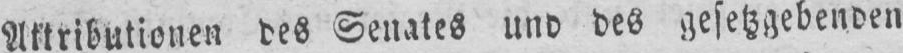
Attributionen des Senates und des gesetzgebenden